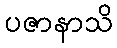
ပဇာနာသိ